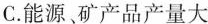
C.能源、矿产品产量大